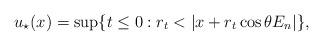
LaTeX: \begin{align*} u_\star(x)=\sup\{t\leq0: r_t< \vert x+r_t\cos\theta E_n\vert\},\end{align*}